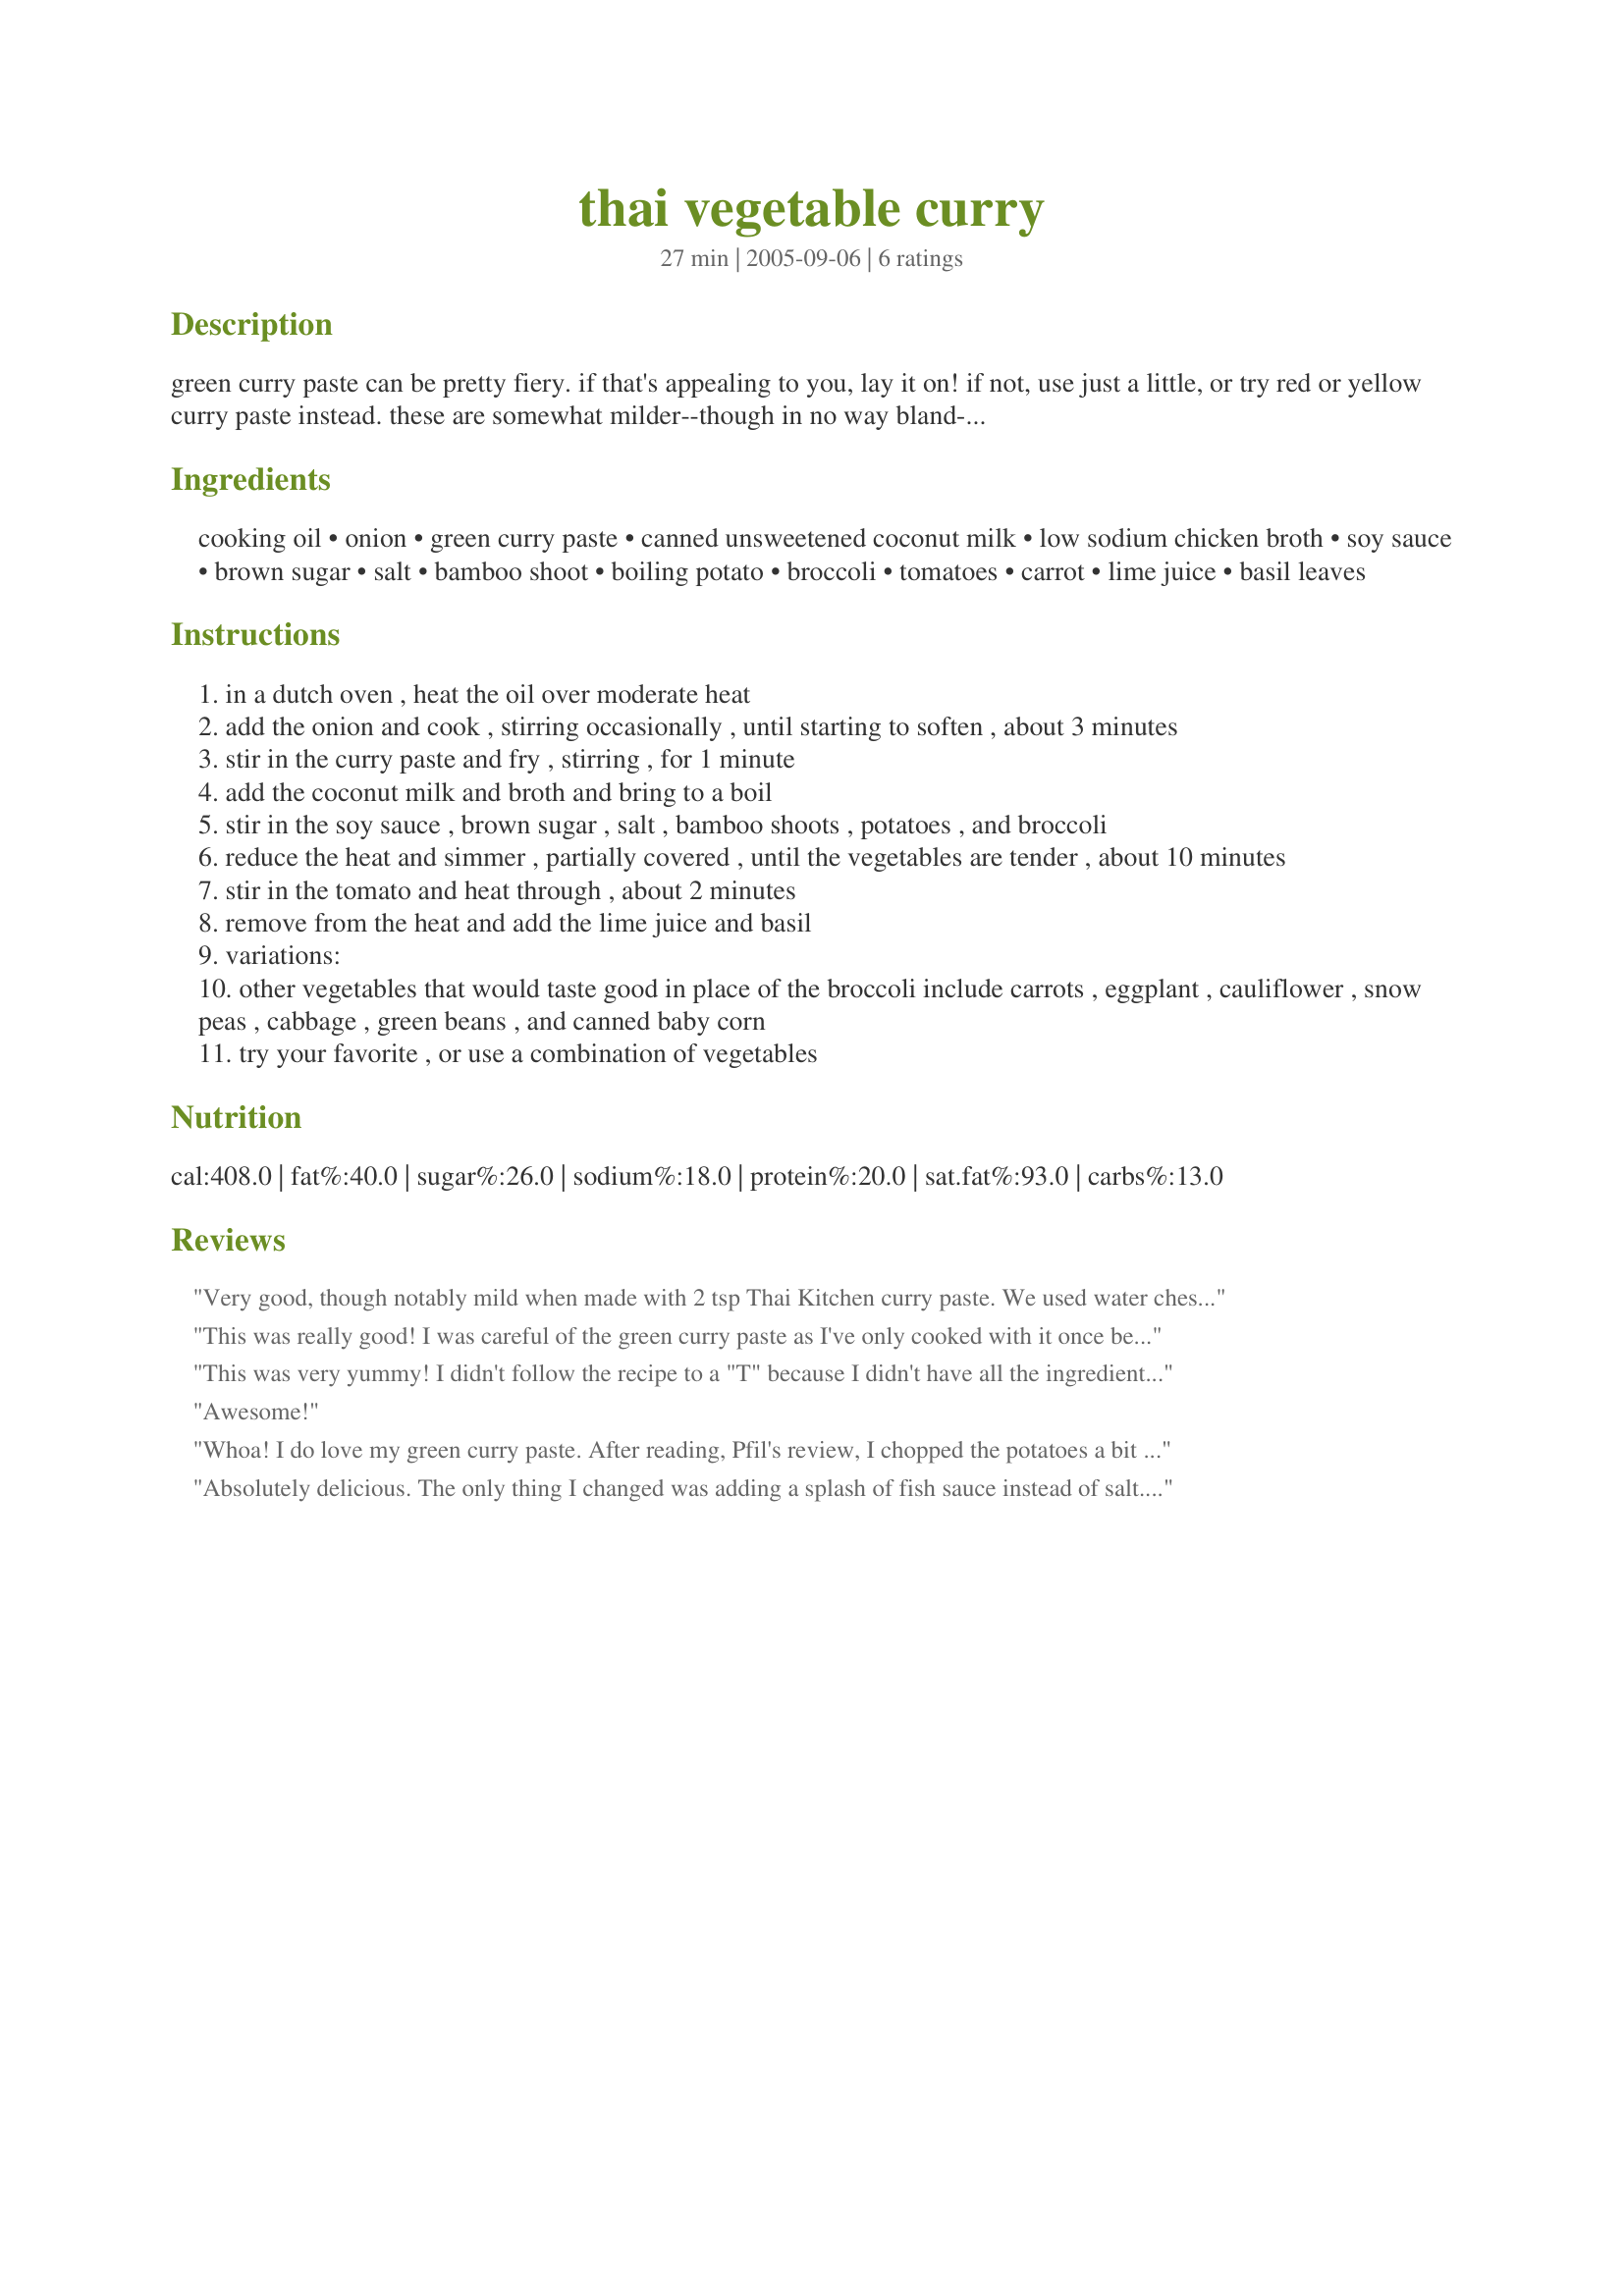
thai vegetable curry
Preparation time: 27 minutes

green curry paste can be pretty fiery. if that's appealing to you, lay it on! if not, use just a little, or try red or yellow curry paste instead. these are somewhat milder--though in no way bland--and they're becoming more and more available in the asian section of supermarkets. serve the curry with steamed jasmine or regular white rice. also great with added chicken or shrimp. food & wine magazine.
wine: an off-dry gewürztraminer from the pacific northwest is a good choice to both accentuate the curry spice flavors and tame their heat.

Ingredients:
cooking oil, onion, green curry paste, canned unsweetened coconut milk, low sodium chicken broth, soy sauce, brown sugar, salt, bamboo shoot, boiling potato, broccoli, tomatoes, carrot, lime juice, basil leaves

Steps:
in a dutch oven , heat the oil over moderate heat
add the onion and cook , stirring occasionally , until starting to soften , about 3 minutes
stir in the curry paste and fry , stirring , for 1 minute
add the coconut milk and broth and bring to a boil
stir in the soy sauce , brown sugar , salt , bamboo shoots , potatoes , and broccoli
reduce the heat and simmer , partially covered , until the vegetables are tender , about 10 minutes
stir in the tomato and heat through , about 2 minutes
remove from the heat and add the lime juice and basil
variations:
other vegetables that would taste good in place of the broccoli include carrots , eggplant , cauliflower , snow peas , cabbage , green beans , and canned baby corn
try your favorite , or use a combination of vegetables

Reviews:
Very good, though notably mild when made with 2 tsp Thai Kitchen curry paste. We used water chestnuts in place of the bamboo shoots. The potatoes cooked perfectly in the time listed, but next time I would wait a couple of minutes more to add the broccoli, as it ended up overcooked to the point of disintegration. Oh, and there's no way this recipe only makes 4 servings, unless you're serving NFL linemen or Sumo wrestlers. :-)
This was really good! I was careful of the green curry paste as I've only cooked with it once before and I will say I would add at least 2 teaspoons or more next time. (I have the Thai Kitchen brand green curry paste) I also substituted the salt for the fish sauce. I really liked the flavor of the lime that came through. I also added some leftover chicken and brown rice and this made a very filling dinner. As always Cheryl, I enjoyed your recipe. A tip from Chef Comedie...if you boil the bamboo shoots in water for a few minutes, drain and then add to the curry sauce, it eliminates the 'metallic' taste that the canned bamboo shoots can carry over.
This was very yummy! I didn't follow the recipe to a "T" because
I didn't have all the ingredients. Since coconut milk is expensive, my mom taught me to blend water with dried coconut in the vita mix. It doesn't taste quite the same, but works fine for us. I think I added more than the 1 2/3 cups. For veggies I just used
broccoli, frozen thin green beans,
carrots, and the fresh tomato. It
was sooo good.
Awesome!
Whoa! I do love my green curry paste. After reading, Pfil's review, I chopped the potatoes a bit finer and had no problem with their cooking time. In addition, I substituted carrots & parsnips for the broccoli because I have a gajillion carrots and quite a number of parsnips to use up. I also substituted water chestnuts for bamboo shoots. But of course the big story here is the sauce and I barely messed with that (just omitted the salt). Oops--I did also use the "light" version of coconut milk. Any way, still a true flavor sensation!
Absolutely delicious. The only thing I changed was adding a splash of fish sauce instead of salt. I made it in a wok and the potatoes ended up taking quite a bit longer than the broccoli to cook even though I cut them smaller than suggested. Next time I'll just stagger adding the veggies. Super flavour and now we're fighting over who ate more of the leftovers.
